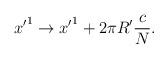
LaTeX: \begin{align*}{x^{\prime}}^1 \rightarrow {x^{\prime}}^1+ 2\pi R^{\prime}\frac{c}{N}.\end{align*}